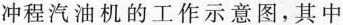
冲程汽油机的工作示意图，其中